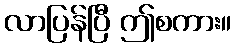
လာပြန်ပြီ ဤစကား။